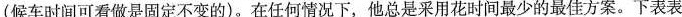
(候车时间可看做是固定不变的)。在任何情况下，他总是采用花时间最少的最佳方案。下表表